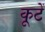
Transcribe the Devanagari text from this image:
कूटें